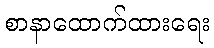
စာနာထောက်ထားရေး